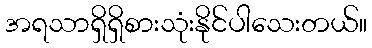
အရသာရှိရှိစားသုံးနိုင်ပါသေးတယ်။